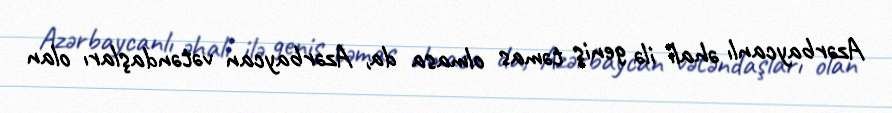
Azərbaycanlı əhali ilə geniş təmas olmasa da, Azərbaycan vətəndaşları olan